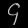
Digit: ၄